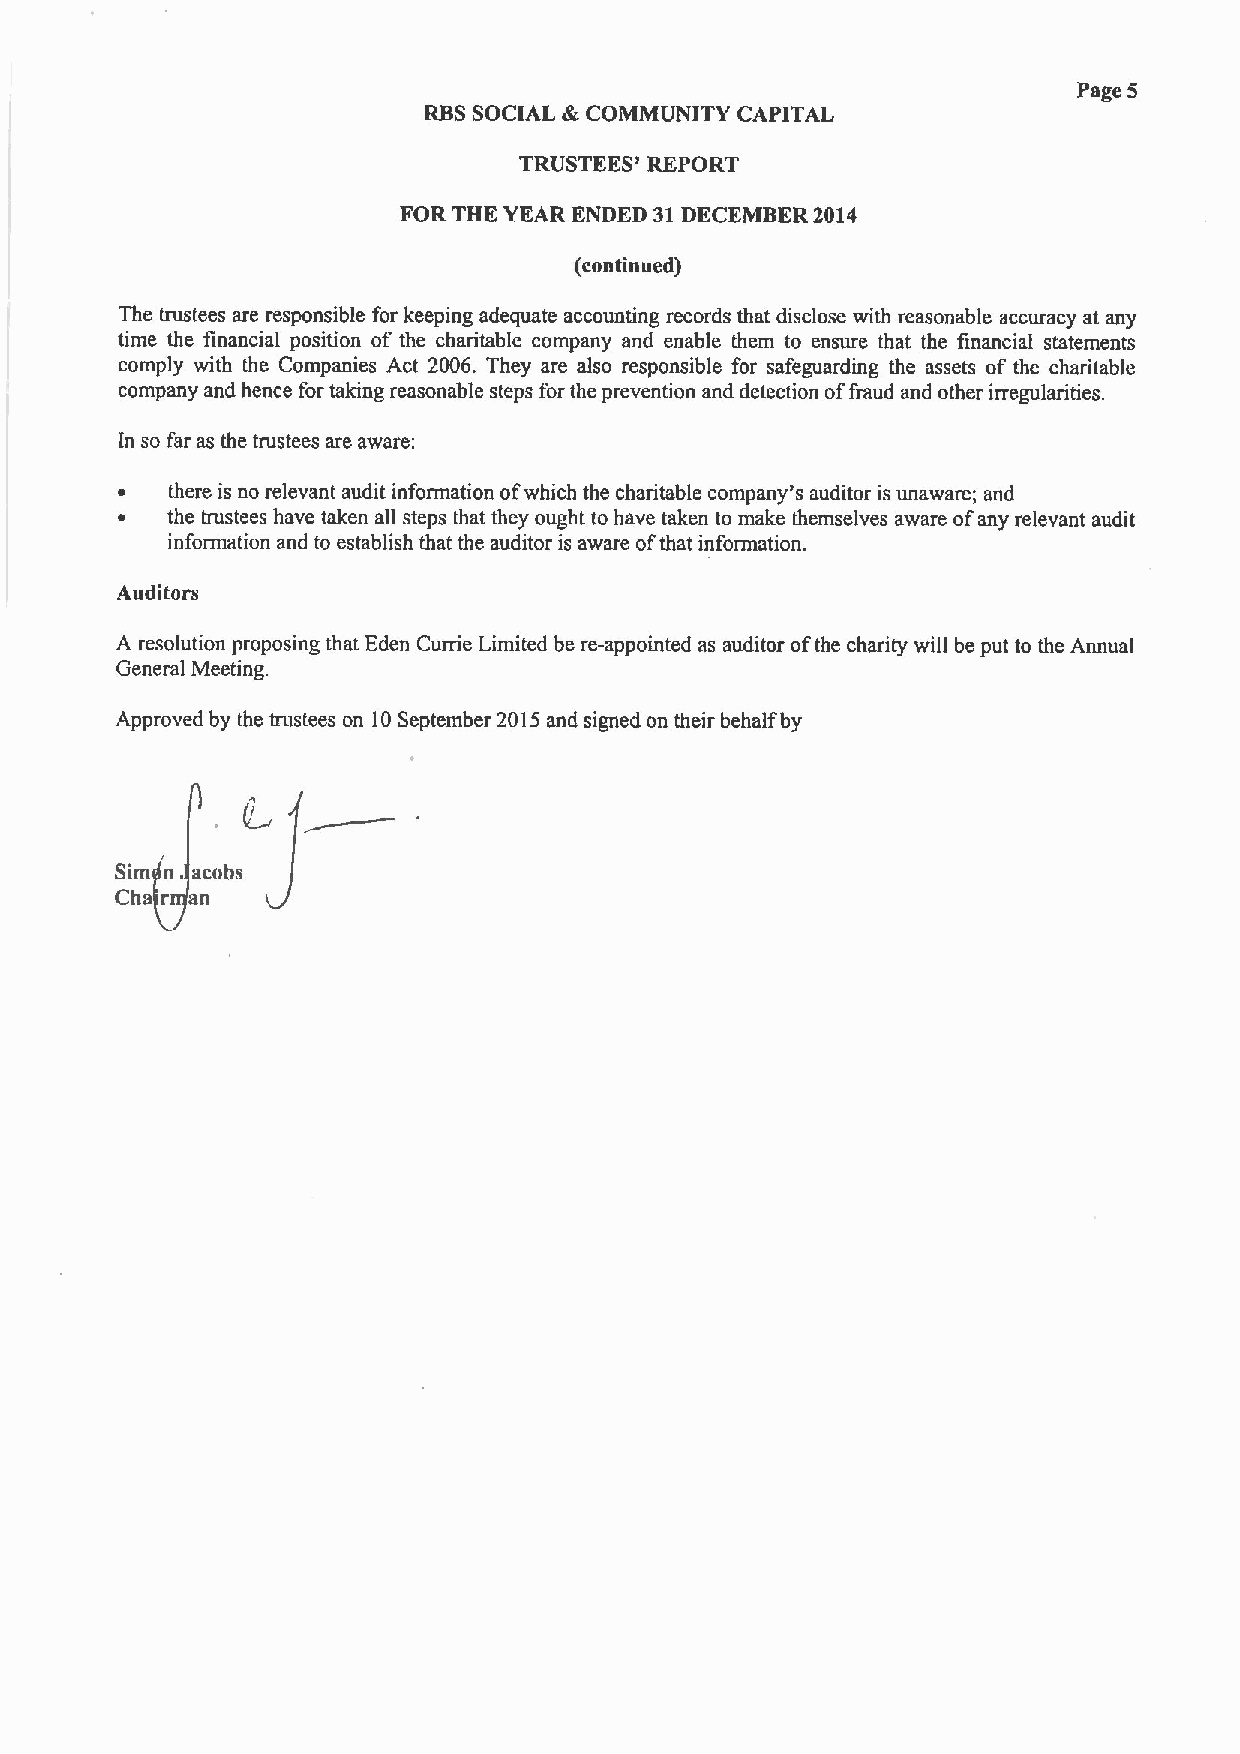
Page 5
 RBSSOCIAL &COMMUNITY CAPITAL
 TRUSTEES' REPORT
 FOR THE YEAR ENDED 31DECEMBER 2014
 (continued)
 The trustees are responsible for keeping adequate accounting records that disclose with reasonable accuracy at any
 time the financial position of the charitable company and enable them to ensure that the financial statements
 comply with the Companies Act 2006. They are also responsible for safeguarding the assets of the charitable
 company and hence for taking reasonable steps for the prevention and detection offraud and other irregularities.
 In so far as the trustees are aware:
 ~  there is no relevant audit information ofwhich the charitable company's auditor is unaware; and
 ~  the trustees have taken all steps that they ought to have taken to make themselves aware ofany relevant audit
 information and to establish that the auditor is aware ofthat information.
 Auditors
 A resolution proposing that Eden Currie Limited be re-appointed as auditor ofthe charity will be put to the Annual
 General Meeting.
 Approved by the trustees on 10September 2015and signed on their behalf by
 Sim n acobs
 Cha r an